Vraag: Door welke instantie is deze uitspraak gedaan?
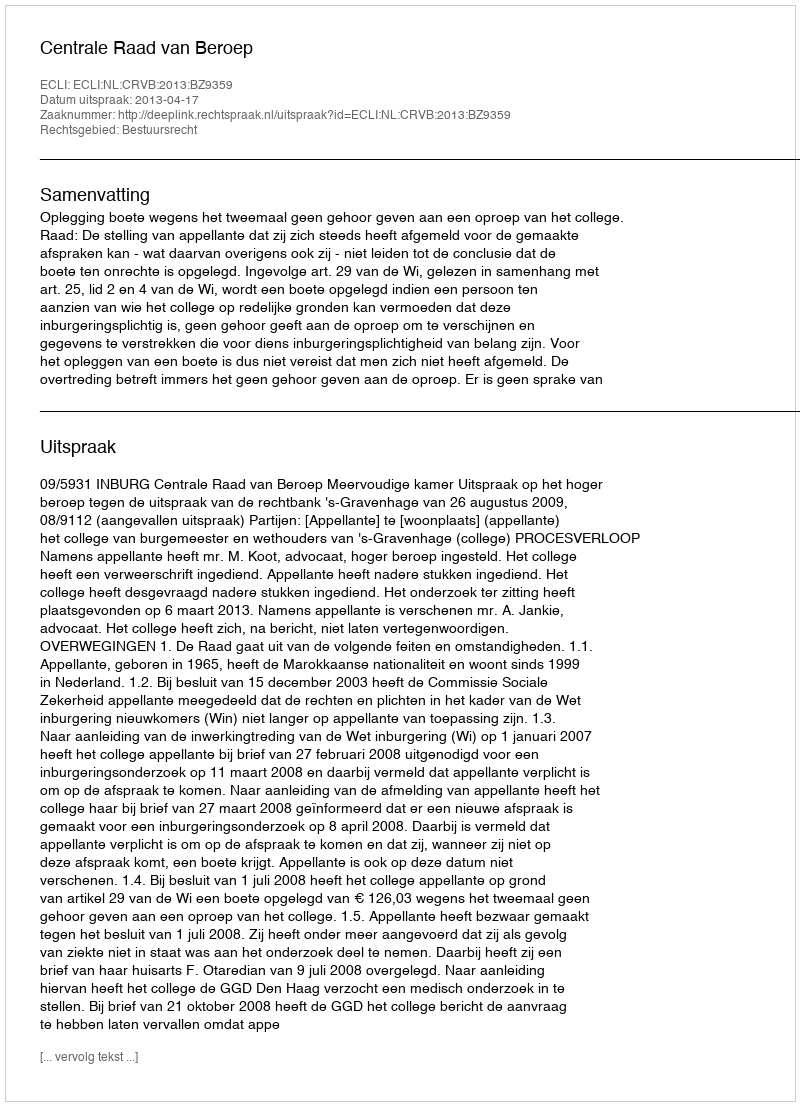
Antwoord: Centrale Raad van Beroep